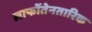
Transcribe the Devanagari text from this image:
लाफोंतेनतारिक